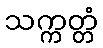
သက္ကတ္တံ